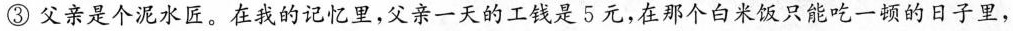
③父亲是个泥水匠。在我的记忆里，父亲一天的工钱是5元，在那个白米饭只能吃一的日子里，